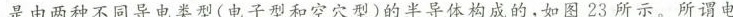
是由两种不同导电类型(电子型和空穴型)的半导体构成的，如图23所示。所谓电